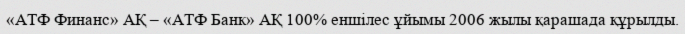
«АТФ Финанс» АҚ – «АТФ Банк» АҚ 100% еншілес ұйымы 2006 жылы қарашада құрылды.